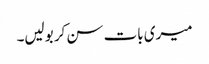
میری بات سن کر بولیں۔